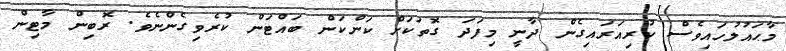
މާޙައުލުހައިވެސް ކުރިއަރައިގެން ދާނީ މިފަދަ ގޮތަކަށް ކަންކަން ބައްޓަން ކުރެވިގެންނެވެ. ރޮބިން މާޓިން